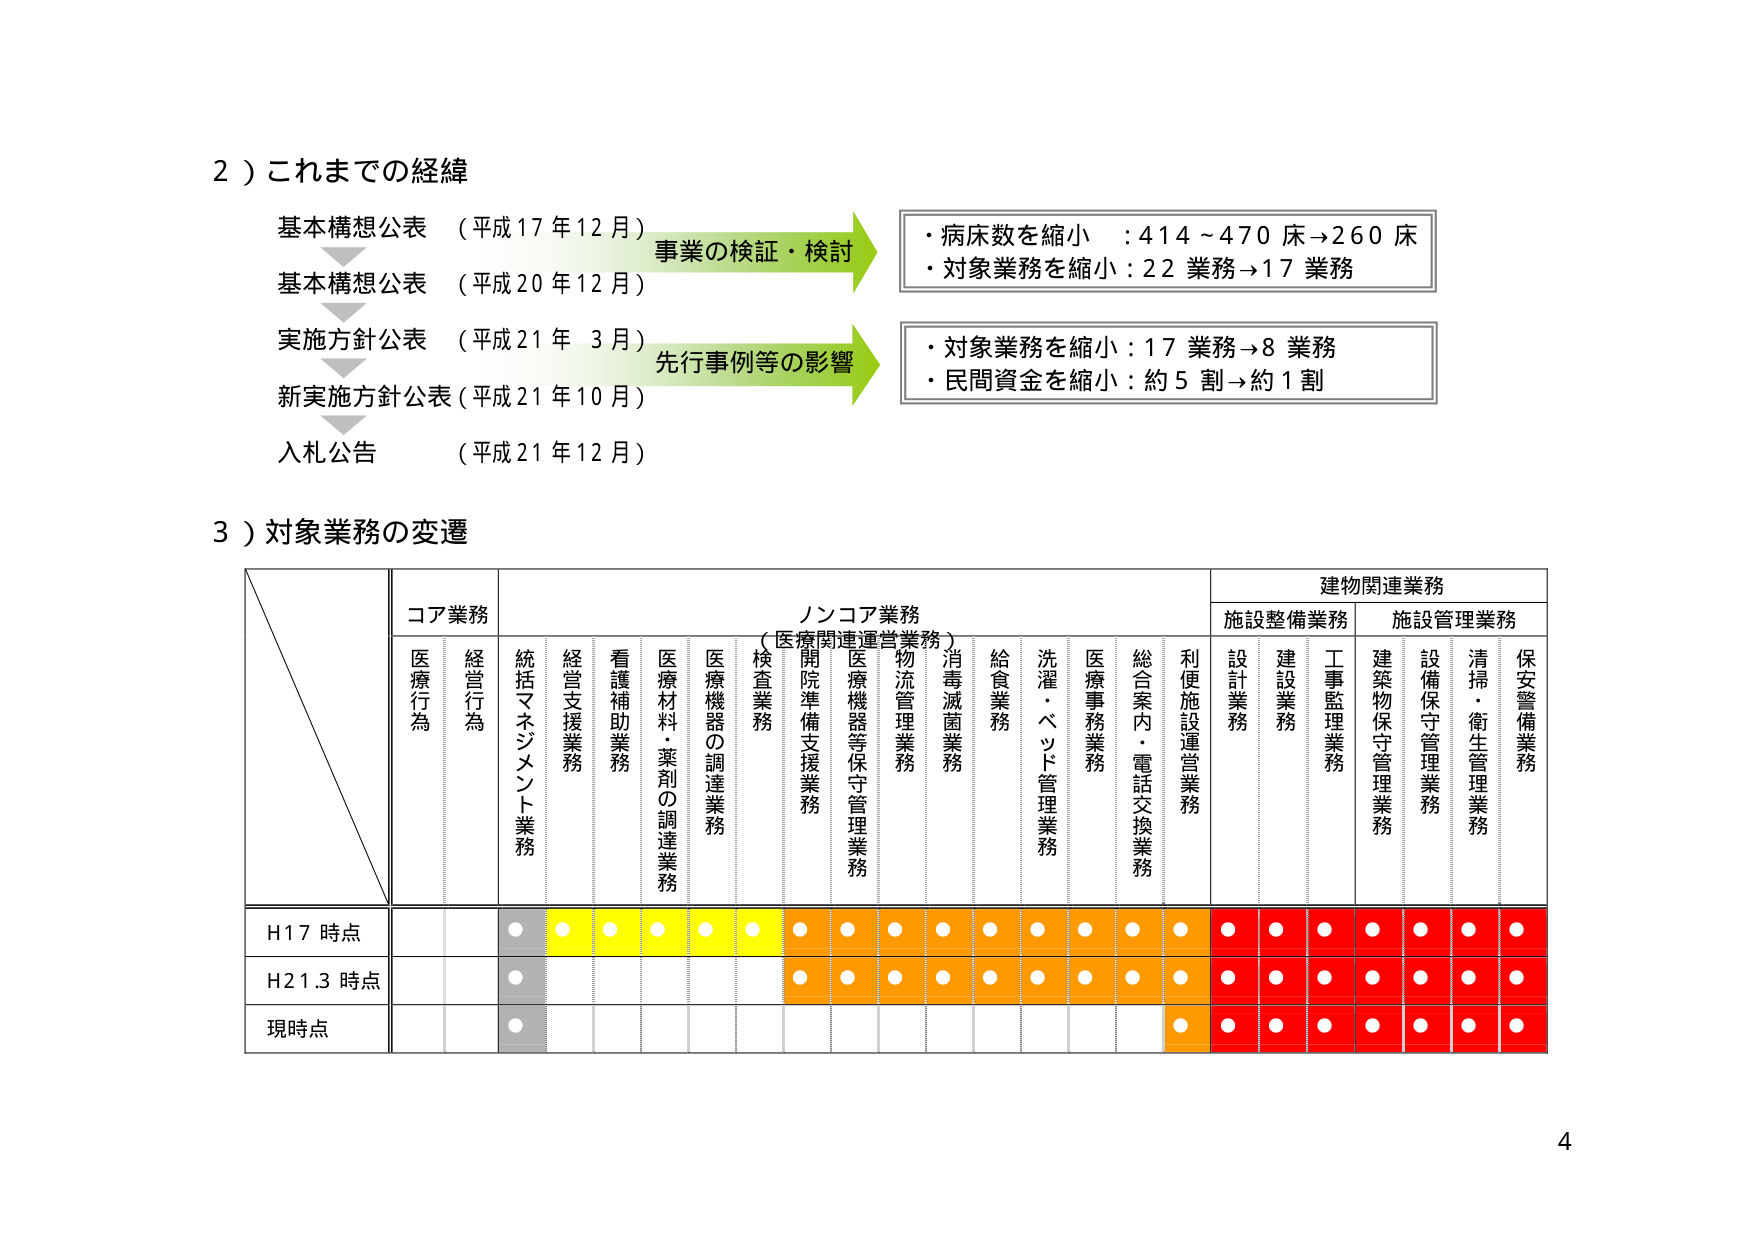
2）これまでの経緯
基本構想公表 （平成17年12月）
基本構想公表 （平成20年12月）
実施方針公表 （平成21年3月）
新実施方針公表（平成21年10月）
入札公告 （平成21年12月）

事業の検証・検討
・病床数を縮小 ：414～470床→260床
・対象業務を縮小：22業務→17業務

先行事例等の影響
・対象業務を縮小：17業務→8業務
・民間資金を縮小：約5割→約1割

3）対象業務の変遷

コア業務
医療行為
経営行為
統括マネジメント業務
経営支援業務
看護補助業務
医療材料・薬剤の調達業務
医療機器の調達業務
検査業務
開院準備支援業務
医療機器等保守管理業務
物流管理業務
消毒滅菌業務
給食業務
洗濯・ベッド管理業務
医療事務業務
総合案内・電話交換業務
利便施設運営業務

ノンコア業務
（医療関連運営業務）

建物関連業務
施設整備業務
施設管理業務
設計業務
建設業務
工事監理業務
建築物保守管理業務
設備保守管理業務
清掃・衛生管理業務
保安警備業務

H17時点
H21.3時点
現時点

4